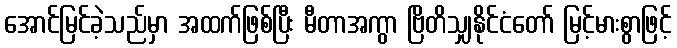
အောင်မြင်ခဲ့သည်မှာ အထက်ဖြစ်ပြီး မီတာအကွာ ဗြိတိသျှနိုင်ငံတော် မြင့်မားစွာဖြင့်